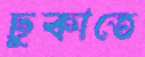
ঢুকাতে